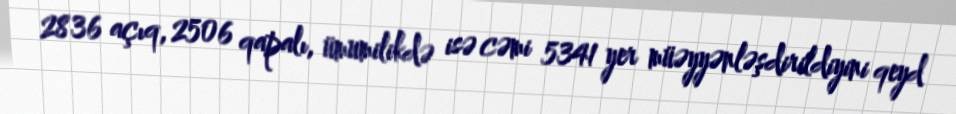
2836 açıq, 2506 qapalı, ümumilikdə isə cəmi 5341 yer müəyyənləşdirildiyini qeyd